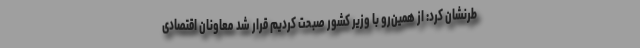
طرنشان کرد: از همین‌رو با وزیر کشور صبحت کردیم قرار شد معاونان اقتصادی